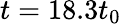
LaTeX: t=18.3{{t}_{0}}